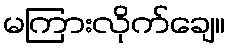
မကြားလိုက်ချေ။